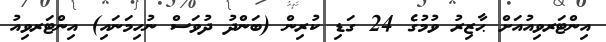
އިންޓަރވިއުއަށް ޙާޒިރު ވުމުގެ 24 ގަޑި ކުރިން (ބަންދު ދުވަސް ނުހިމަނައި) އިންޓަރވިއު